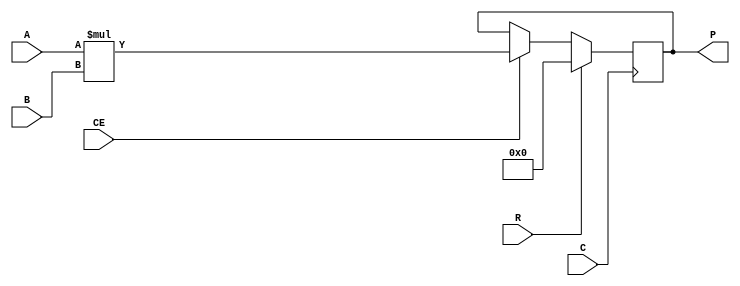
/***************************************************************************
 *                                                                         *
 *   MULT18X18S.v - Simulates the Xilinx primitive of the same name for    *
 *     use with Icarus Verilog.                                            *
 *                                                                         *
 *   Copyright (C) 2005 by Patrick Suggate                                 *
 *   patrick@physics.otago.ac.nz                                           *
 *                                                                         *
 *   This program is free software; you can redistribute it and/or modify  *
 *   it under the terms of the GNU General Public License as published by  *
 *   the Free Software Foundation; either version 2 of the License, or     *
 *   (at your option) any later version.                                   *
 *                                                                         *
 *   This program is distributed in the hope that it will be useful,       *
 *   but WITHOUT ANY WARRANTY; without even the implied warranty of        *
 *   MERCHANTABILITY or FITNESS FOR A PARTICULAR PURPOSE.  See the         *
 *   GNU General Public License for more details.                          *
 *                                                                         *
 *   You should have received a copy of the GNU General Public License     *
 *   along with this program; if not, write to the                         *
 *   Free Software Foundation, Inc.,                                       *
 *   59 Temple Place - Suite 330, Boston, MA  02111-1307, USA.             *
 ***************************************************************************/

module MULT18X18S(
		A, B, P, C, CE, R
	);
	
	input	[17:0]	A, B;	//	2's complement integers
	output	[35:0]	P;		//	2's complement product
	
	input	C;				//	Clock
	input	CE;				//	Clock enable
	input	R;				//	Synchronous reset
	
	reg		[35:0]	P	= 0;
	
	always @(posedge C)
	begin
		if (R) begin
			P	<= 0;
		end
		else begin
			if (~CE)
				P	<= P;
			else
				P	<= A * B;
		end
	end
	
endmodule	//	MULT18X18S